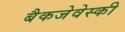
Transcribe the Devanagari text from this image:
बैकजेवेस्की